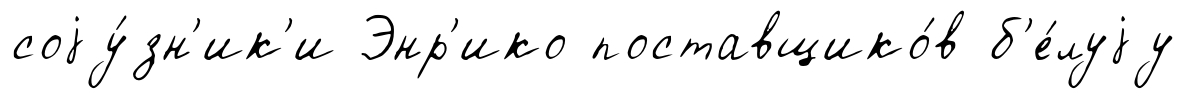
соjу́зн'ик'и Энр'ико поставщико́в б'е́луjу